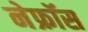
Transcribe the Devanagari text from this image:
नेफ्रॉस